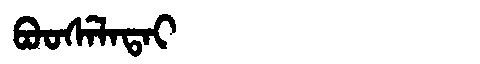
Manchu: ᠪᠣᠣᠰᡝᠯᠠᡨᠠᡳ
Romanization: BOOSELATAI